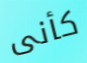
كأنى